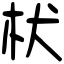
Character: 枤